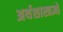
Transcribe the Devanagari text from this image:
अर्थशास्त्रज्ञों